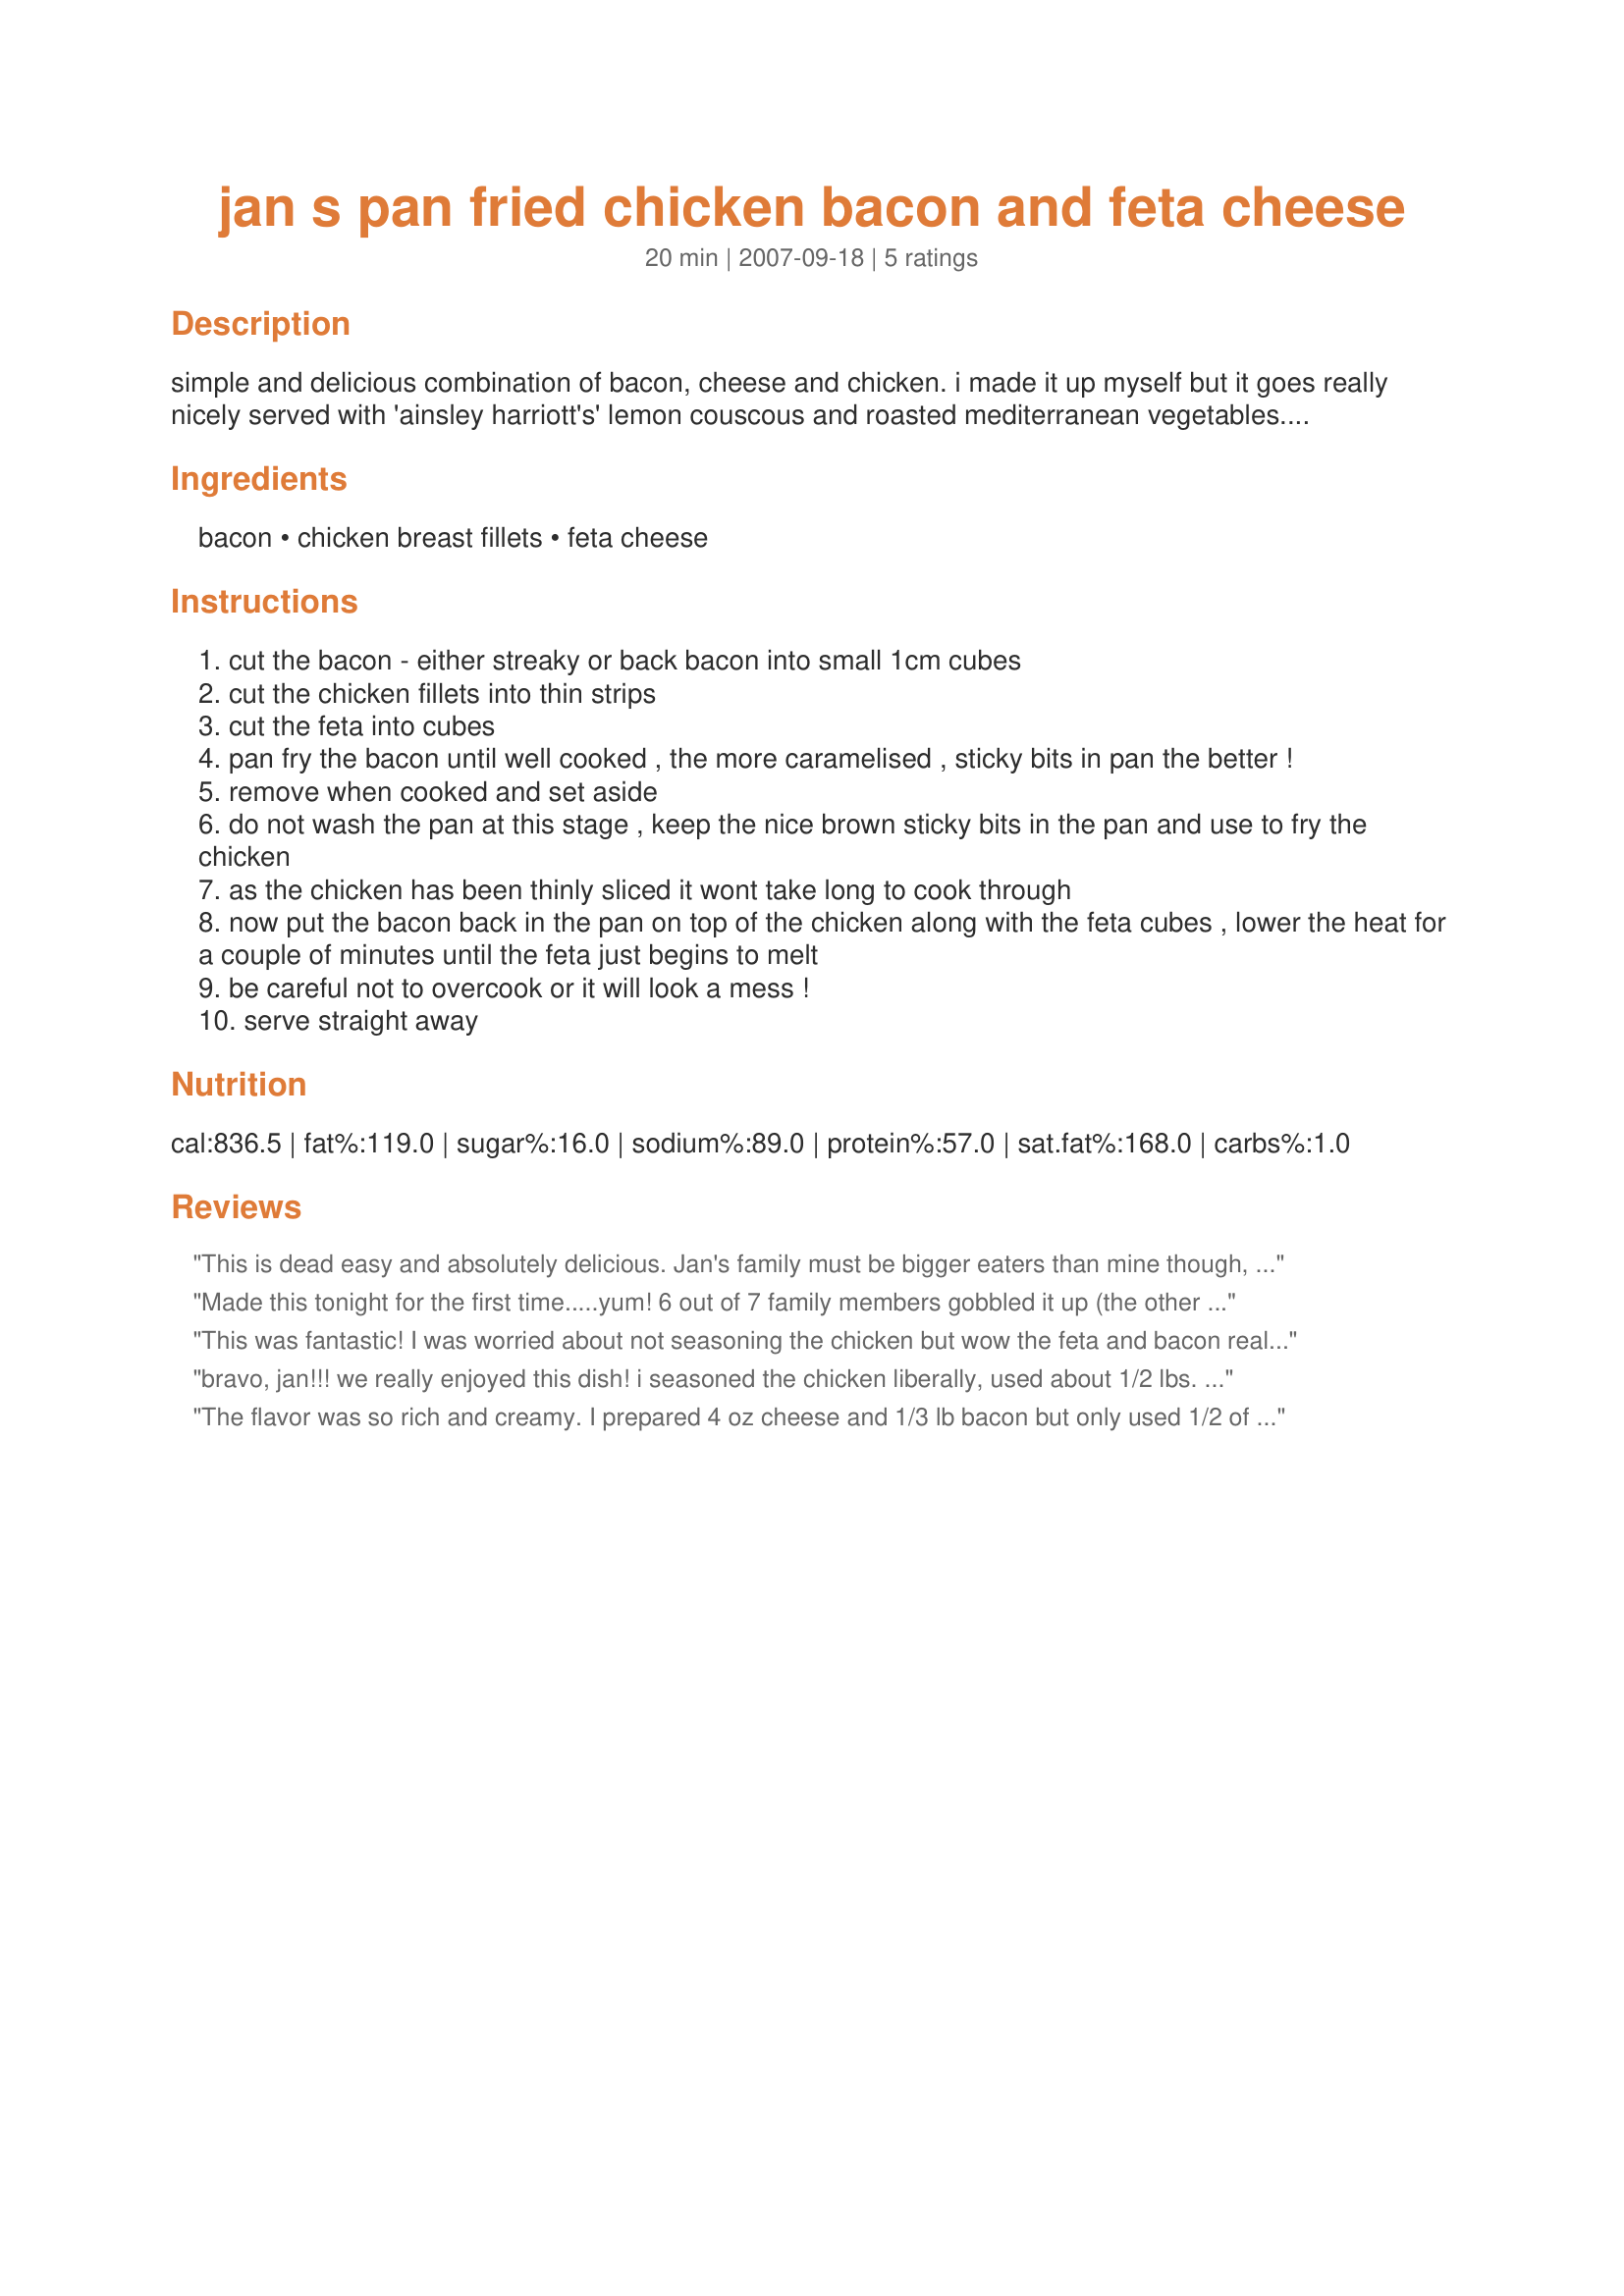
jan s pan fried chicken bacon and feta cheese
Preparation time: 20 minutes

simple and delicious combination of bacon, cheese and chicken.
i made it up myself but it goes really nicely served with 'ainsley harriott's' lemon couscous and roasted mediterranean vegetables. a real mixture of flavours.

Ingredients:
bacon, chicken breast fillets, feta cheese

Steps:
cut the bacon - either streaky or back bacon into small 1cm cubes
cut the chicken fillets into thin strips
cut the feta into cubes
pan fry the bacon until well cooked , the more caramelised , sticky bits in pan the better !
remove when cooked and set aside
do not wash the pan at this stage , keep the nice brown sticky bits in the pan and use to fry the chicken
as the chicken has been thinly sliced it wont take long to cook through
now put the bacon back in the pan on top of the chicken along with the feta cubes , lower the heat for a couple of minutes until the feta just begins to melt
be careful not to overcook or it will look a mess !
serve straight away

Reviews:
This is dead easy and absolutely delicious. Jan's family must be bigger eaters than mine though, as this feeds 2 adults, a teenager and an 8 year old in my house! Or maybe Jan is just more generous than me :)
Made this tonight for the first time.....yum! 6 out of 7 family members gobbled it up (the other one isn't a feta fan. I used about 2 1/2 lbs of chicken and about a 1/3lb bacon and 8 oz of feta. Delicious, we'll definitely have this again!
This was fantastic! I was worried about not seasoning the chicken but wow the feta and bacon really come together on this one! I loved that it was so simple and yet has the air of an extravagant meal.
bravo, jan!!! we really enjoyed this dish! i seasoned the chicken liberally, used about 1/2 lbs. chopped bacon, and a 4 oz. container of feta. served over a lemon garlic rice. loved it!!! thanks for such a delicious keeper, jan!!!!! made for fall 2007 pac contest!
The flavor was so rich and creamy. I prepared 4 oz cheese and 1/3 lb bacon but only used 1/2 of it, personal taste. Will make it again...soon!
